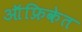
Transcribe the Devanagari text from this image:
ऑफ्रिकेत